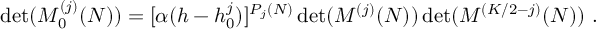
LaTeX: \operatorname * { d e t } ( { \cal M } _ { 0 } ^ { ( j ) } ( N ) ) = [ \alpha ( h - h _ { 0 } ^ { j } ) ] ^ { P _ { j } ( N ) } \operatorname * { d e t } ( { \cal M } ^ { ( j ) } ( N ) ) \operatorname * { d e t } ( { \cal M } ^ { ( K / 2 - j ) } ( N ) ) { } ~ .